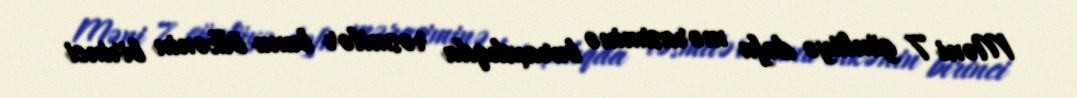
Məni 7 günlüyə dəfn mərasiminə buraxdıqda rəsmilər bunu ölkənin birinci